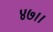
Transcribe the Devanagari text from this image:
४७।।